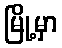
မြို့မှာ